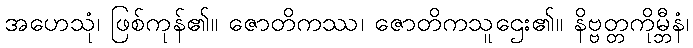
အဟေသုံ၊ ဖြစ်ကုန်၏။ ဇောတိကဿ၊ ဇောတိကသူဌေး၏။ နိဗ္ဗတ္တကိုမ္ဘီနံ၊